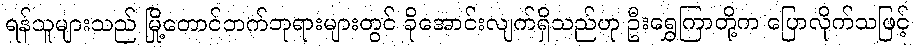
ရန်သူများသည် မြို့တောင်ဘက်ဘုရားများတွင် ခိုအောင်းလျက်ရှိသည်ဟု ဦးရွှေကြာတို့က ပြောလိုက်သဖြင့်